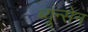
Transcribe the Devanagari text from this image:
ब्यून्सेन